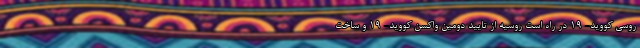
روسی کووید- ۱۹ در راه است روسیه از تایید دومین واکسن کووید- ۱۹ و ساخت